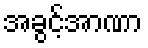
အခွင့်အာဏာ